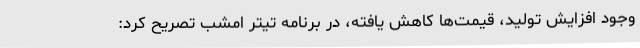
وجود افزایش تولید، قیمت‌ها کاهش یافته، در برنامه تیتر امشب تصریح کرد: